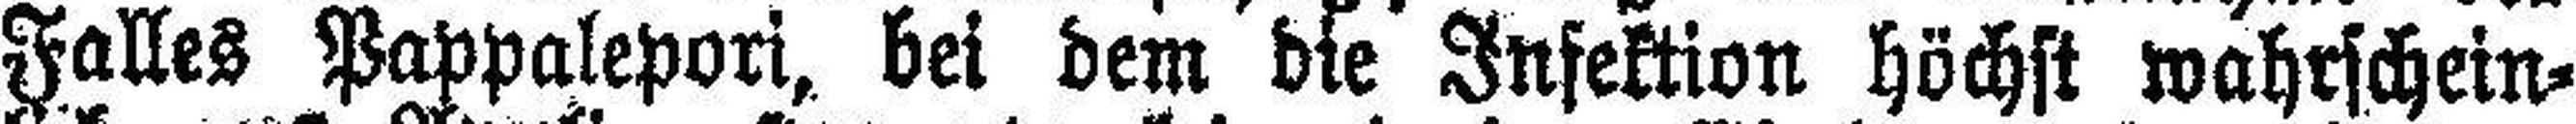
Falles Pappalepori, bei dem die Infektion höchst wahrschein¬